Calcutta medical institutions reports 1892-1900
Year: 1892
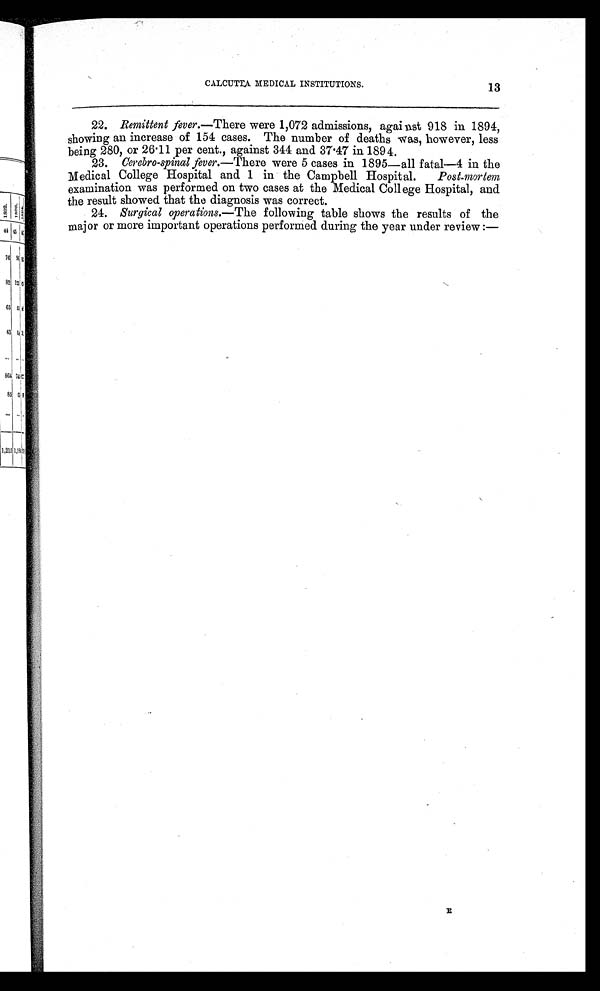
CALCUTTA MEDICAL INSTITUTIONS.
13
22. Remittent fever.—There were 1,072 admissions, against 918 in 1894,
showing an increase of 154 cases. The number of deaths was, however, less
being 280, or 26.11 per cent., against 344 and 37.47 in 1894.
23.
Cerebro-spinal fever.—There were 5 cases in 1895—all fatal—4 in the
Medical College Hospital and 1 in the Campbell Hospital. Post-mortem
examination was performed on two cases at the Medical College Hospital, and
the result showed that the diagnosis was correct.
24. Surgical operations.—The following table shows the results of the
major or more important operations performed during the year under review :—